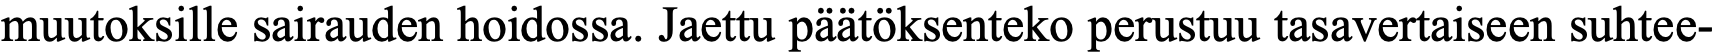
muutoksille sairauden hoidossa. Jaettu päätöksenteko perustuu tasavertaiseen suhtee-